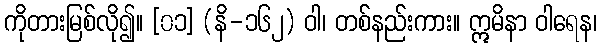
ကိုတားမြစ်လို၍။ [၀၁] (နိ-၁၆၂) ဝါ၊ တစ်နည်းကား။ ဣမိနာ ဝါရေန၊